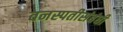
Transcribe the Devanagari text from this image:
वनस्पतीसंबंधी